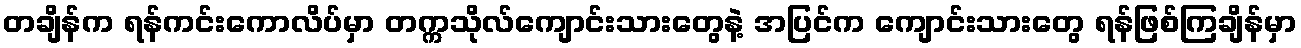
တချိန်က ရန်ကင်းကောလိပ်မှာ တက္ကသိုလ်ကျောင်းသားတွေနဲ့ အပြင်က ကျောင်းသားတွေ ရန်ဖြစ်ကြချိန်မှာ